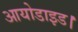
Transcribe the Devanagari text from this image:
आयोडाइड।